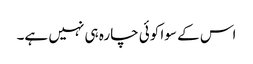
اس کے سوا کوئی چارہ ہی نہیں ہے۔